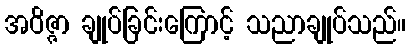
အဝိဇ္ဇာ ချုပ်ခြင်းကြောင့် သညာချုပ်သည်။